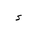
Letter: _hamza